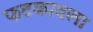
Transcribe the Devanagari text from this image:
फटकावला